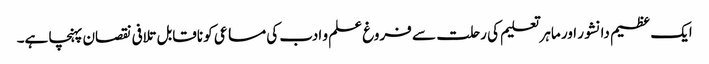
ایک عظیم دانشور اور ماہر تعلیم کی رحلت سے فروغ علم و ادب کی مساعی کو ناقابل تلافی نقصان پہنچا ہے۔